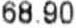
68.90